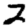
Digit: 2